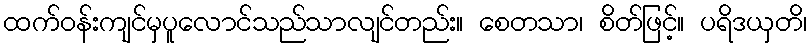
ထက်ဝန်းကျင်မှပူလောင်သည်သာလျင်တည်း။ စေတသာ၊ စိတ်ဖြင့်။ ပရိဒယှတိ၊